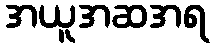
အယူအဆအရ